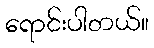
ရောင်းပါတယ်။